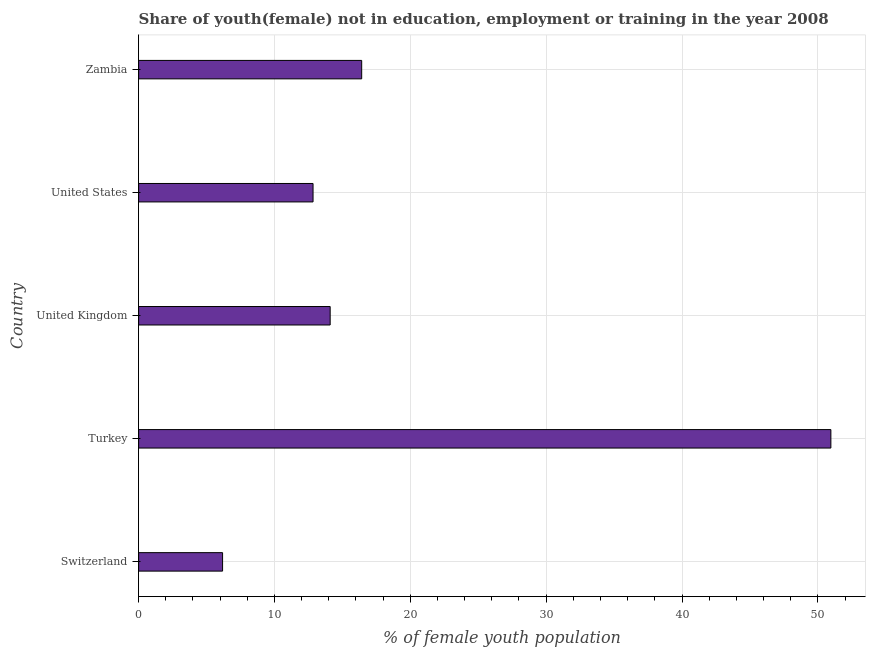
| Country | Unemployed(female) |
 | --- | --- |
 | Switzerland | 6.18 |
 | Turkey | 51 |
 | United Kingdom | 14.1 |
 | United States | 12.8 |
 | Zambia | 16.4 |